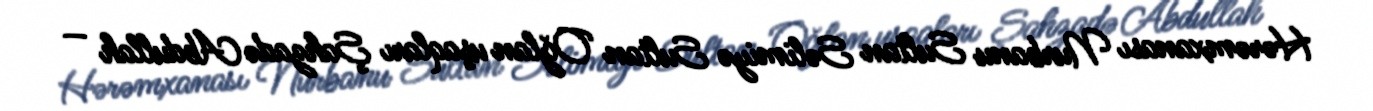
Hərəmxanası Nurbanu Sultan Səlimiyə Sultan Oğlan uşaqları Şahzadə Abdullah —